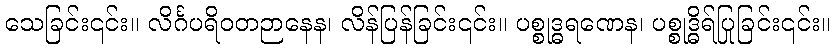
သေခြင်း၎င်း။ လိင်္ဂပရိဝတဉာနေန၊ လိန်ပြန်ခြင်း၎င်း။ ပစ္စုဒ္ဓရဏေန၊ ပစ္စုဒ္ဓိရ်ပြုခြင်း၎င်း။